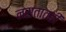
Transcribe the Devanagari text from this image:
नसतातही